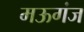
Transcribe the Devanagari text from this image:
मऊगंज